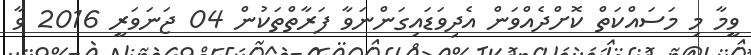
ވީމާ މި މަސައްކަތް ކޮށްދެއްވަން އެދިވަޑައިގަންނަވާ ފަރާތްތަކުން 04 ޖަނަވަރީ 2016 ވާ